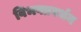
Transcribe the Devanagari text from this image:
विभवप्रवर्धन